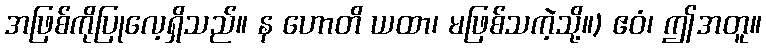
အဖြစ်ကိုပြုလေ့ရှိသည်။ န ဟောတိ ယထာ၊ မဖြစ်သကဲ့သို့။) ဧဝံ၊ ဤအတူ။